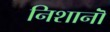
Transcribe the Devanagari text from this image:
निशानॊं